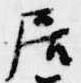
居